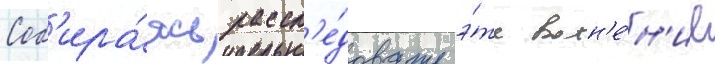
Соб'ира́ясь рассл'е́довать э́то волн'е́н'ие